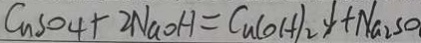
C u S O _ { 4 } + 2 N a O H = C u ( O H ) _ { 2 } \downarrow + N a _ { 2 } S O